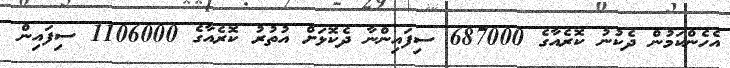
އެހެންކަމުން ދެކުނު ކޮރެއާގެ 687000 ސިފައިންނާ ދެކޮޅަށް އުތުރު ކޮރެއާގެ 1106000 ސިފައިން